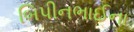
બિપીનભાઈના